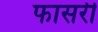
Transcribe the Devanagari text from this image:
फासरी